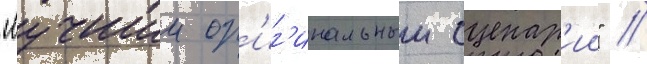
"лучшии ор'иг'инальныи сценар'ии" //